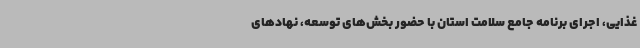
غذایی، اجرای برنامه جامع سلامت استان با حضور بخش‌های توسعه، نهادهای